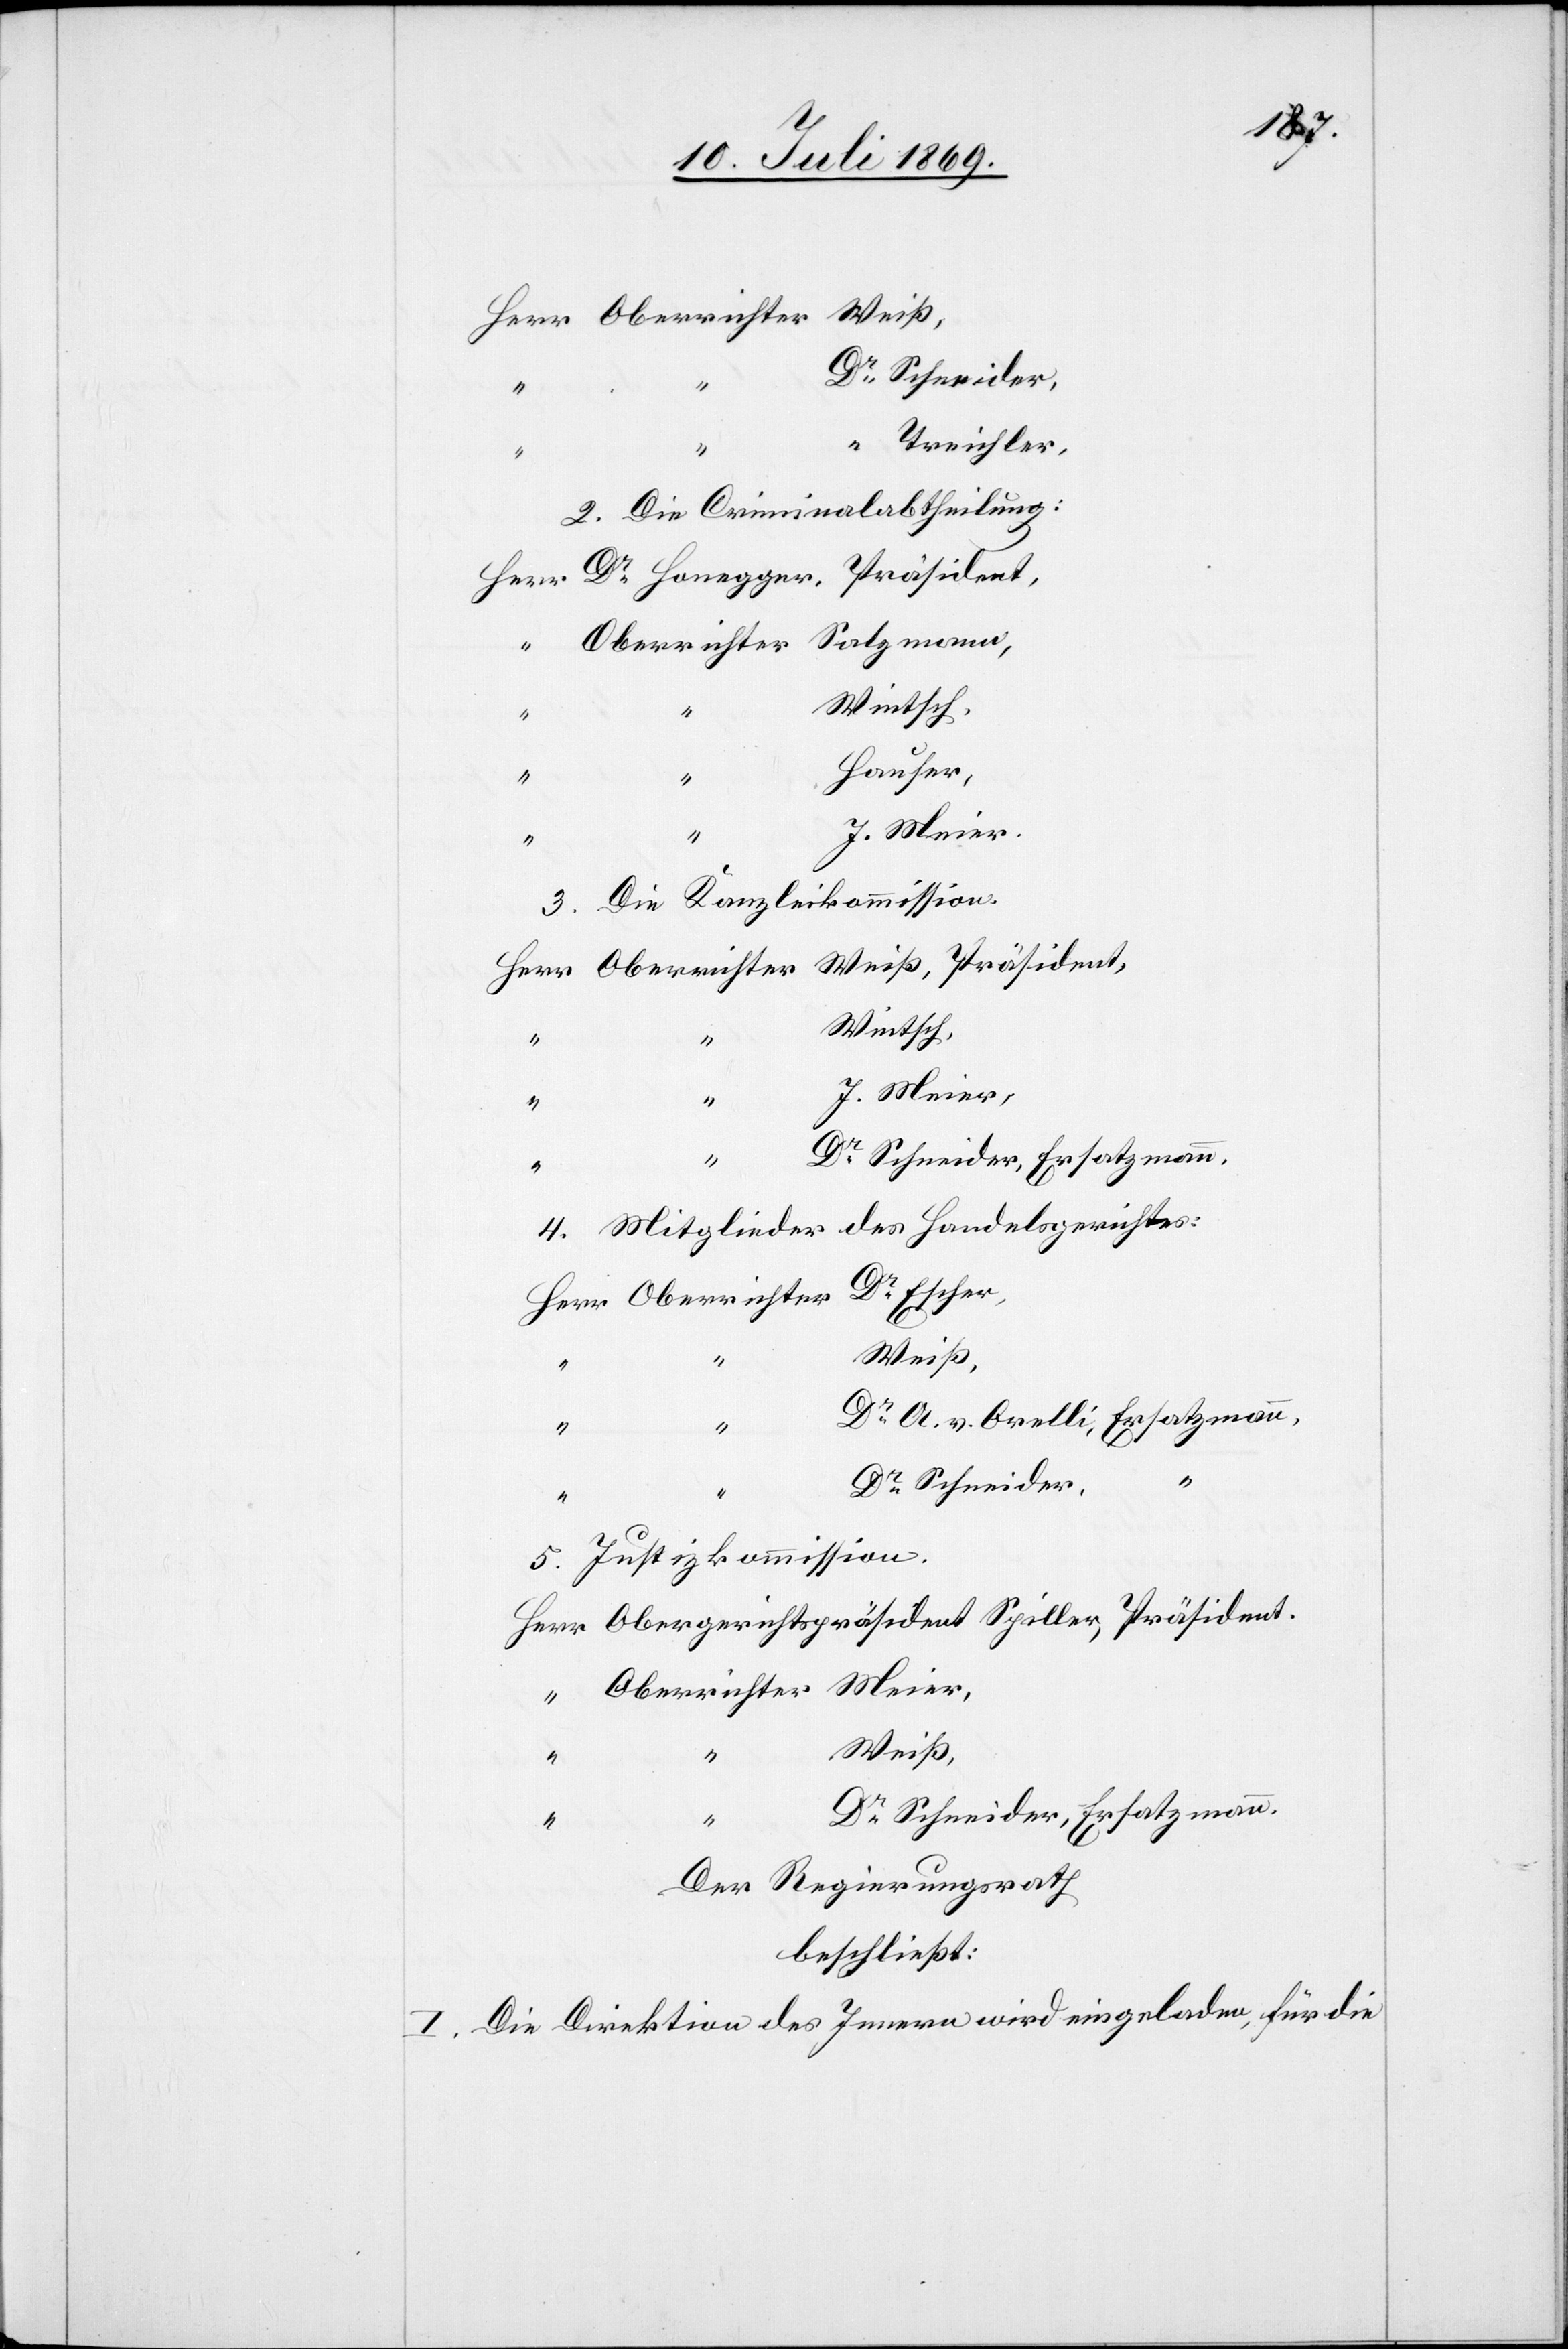
Schneider,
2. Die Criminalabtheilung:
Herr	Dr Honegger, Präsident,
Salzmann,
3. Die Kanzleikommission.
Herr	Oberrichter Weiß, Präsident,
Schneider, Ersatzmann.
des Handelsgerichtes:
4. Mitglieder
Dr Escher,
Herr	Oberrichter
A. v. Orelli, Ersatzmann,
Schneider,
“
5. Justizkommission.
Herr	Obergerichtspräsident Spiller, Präsident.
“		Oberrichter Meier,
Weiß,
Der Regierungsrath
beschließt:
I. Die Direktion des Innern wird eingeladen, für die

Meier,